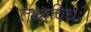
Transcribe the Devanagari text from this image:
तथाविधः।